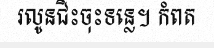
រលូនជិះចុះទន្លេ។ កំពត